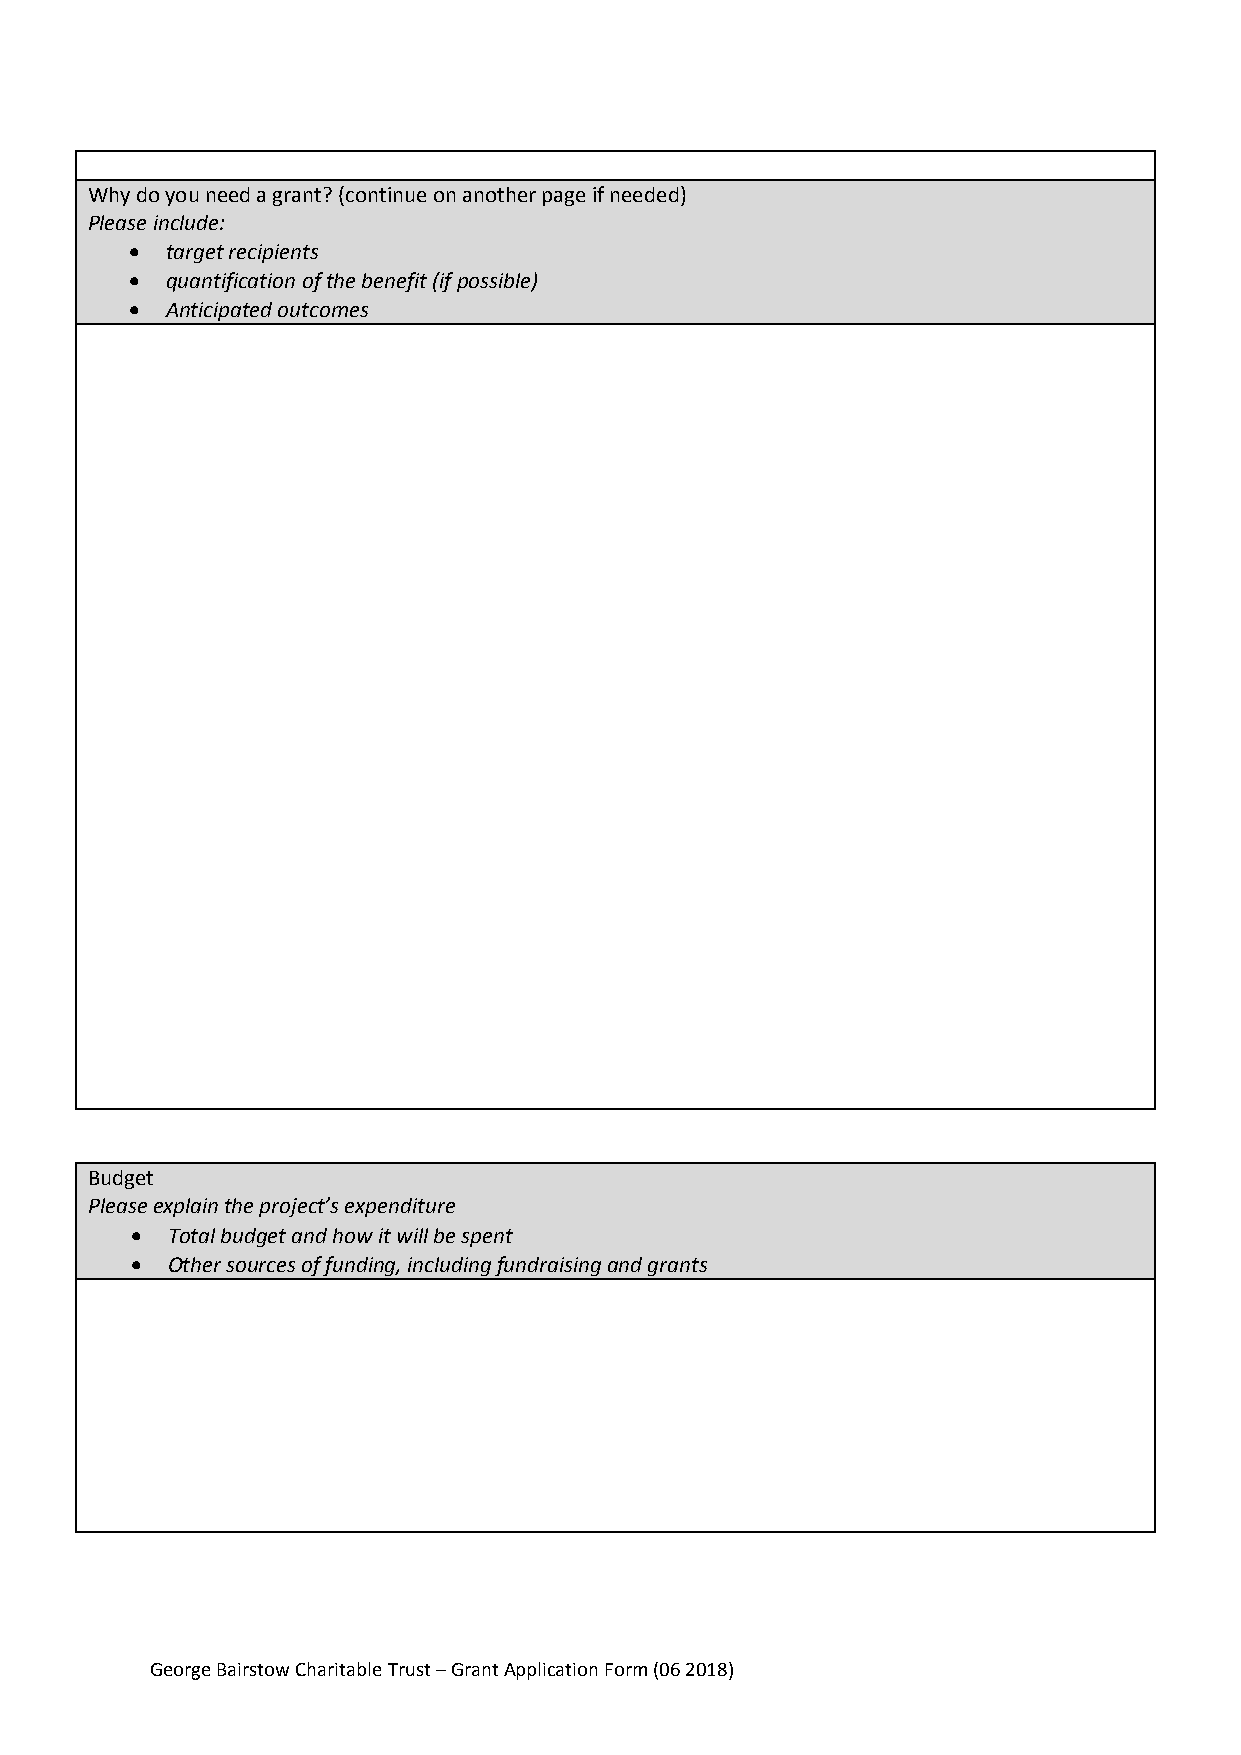
Why do you need a grant? (continue on another page if needed)
 Please include:
  target recipients
  quantification of the benefit (if possible)
  Anticipated outcomes
 Budget
 Please explain the project’s expenditure
  Total budget and how it will be spent
  Other sources of funding, including fundraising and grants
 George Bairstow Charitable Trust – Grant Application Form (06 2018)